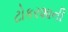
ટોકરશાની